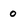
Character: 0